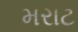
મરાટ